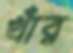
খাঁর